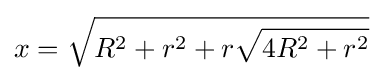
x={\sqrt {R^{2}+r^{2}+r{\sqrt {4R^{2}+r^{2}}}}}